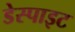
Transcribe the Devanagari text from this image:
डेस्पाइट